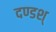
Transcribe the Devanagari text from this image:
दण्डश्